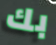
بك